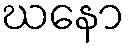
ဃနော